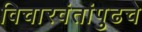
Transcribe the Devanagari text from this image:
विचारवंतांपुढचे